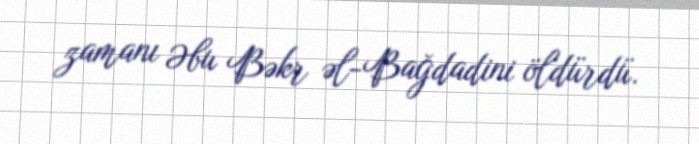
zamanı Əbu Bəkr əl-Bağdadini öldürdü.